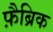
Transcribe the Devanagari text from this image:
फ़ैब्रिक